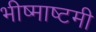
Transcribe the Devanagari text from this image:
भीष्माष्टमी